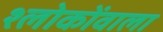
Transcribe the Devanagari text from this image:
श्लोकोंवाला